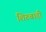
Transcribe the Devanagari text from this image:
शिरुबाड़ी